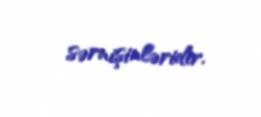
sərnişinləridir.